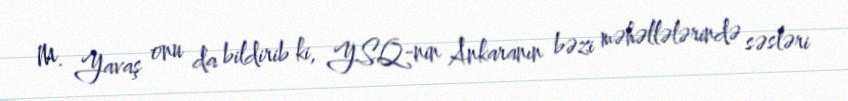
M. Yavaş onu da bildirib ki, YSQ-nin Ankaranın bəzi məhəllələrində səsləri